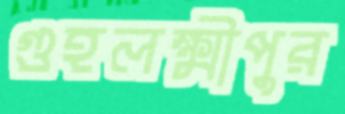
গুহলক্ষ্মীপুর